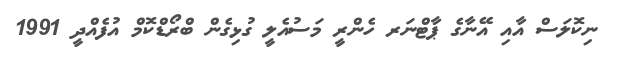
ނިކޮލަސް އާއި އޭނާގެ ޕާޓްނަރ ހެންރީ މަސުއެލީ ގުޅިގެން ބްރޯޑްކޮމް އުފެއްދީ 1991